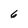
Character: 6